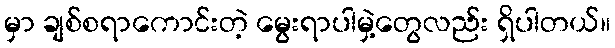
မှာ ချစ်စရာကောင်းတဲ့ မွေးရာပါမှဲ့တွေလည်း ရှိပါတယ်။